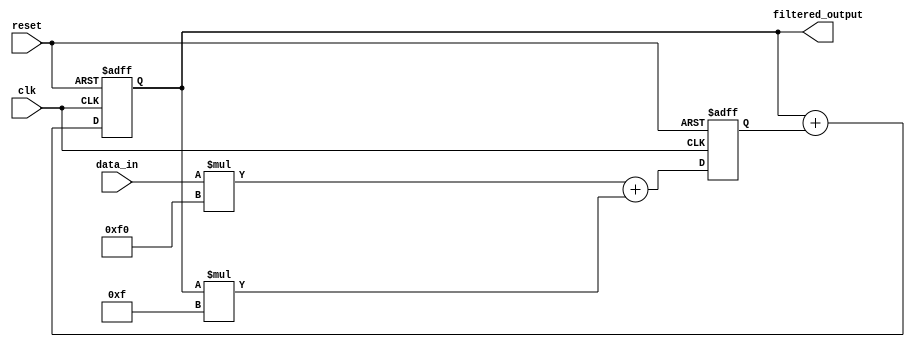
module iir_filter_accumulator (
    input wire clk,
    input wire reset,
    input wire [7:0] data_in,
    output wire [7:0] filtered_output
);

reg [7:0] acc;
reg [7:0] partial_result;

// Define coefficients for the IIR filter
parameter [7:0] coeff_1 = 8'hF0; // Example coefficient values
parameter [7:0] coeff_2 = 8'h0F;

always @(posedge clk or posedge reset) begin
    if (reset) begin
        acc <= 8'h00;
        partial_result <= 8'h00;
    end else begin
        // Perform multiplication and addition operations
        partial_result <= data_in * coeff_1 + acc * coeff_2;
        // Accumulate the intermediate results
        acc <= acc + partial_result;
    end
end

assign filtered_output = acc;

endmodule